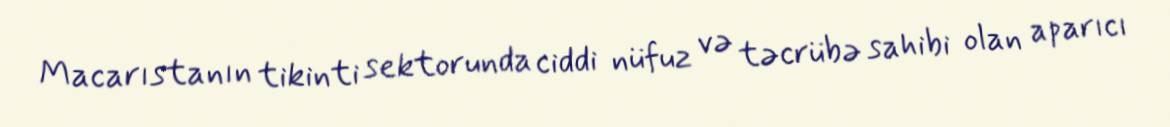
Macarıstanın tikinti sektorunda ciddi nüfuz və təcrübə sahibi olan aparıcı